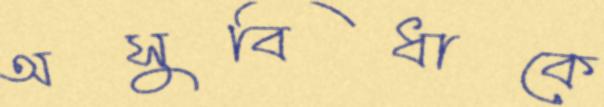
অসুবিধাকে